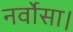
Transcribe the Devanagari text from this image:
नर्वोसा।